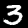
Digit: 3